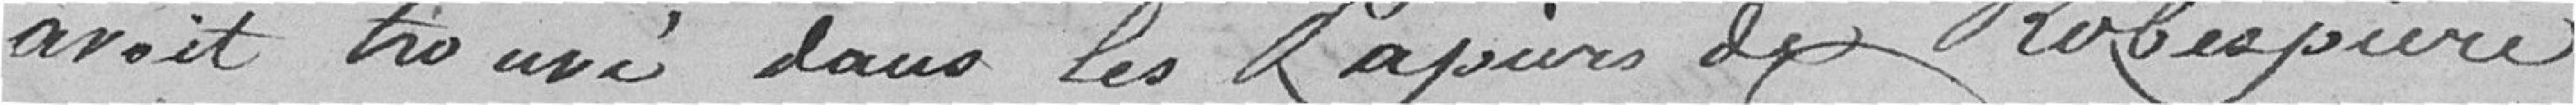
avait trouvé dans les papiers de Robespierre